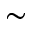
\sim